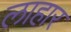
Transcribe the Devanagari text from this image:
लाहार